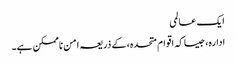
ایک عالمی
ادارہ، جیسا کہ اقوام متحدہ، کے ذریعہ امن ناممکن ہے۔